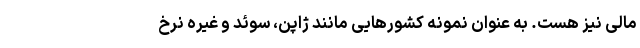
مالی نیز هست. به عنوان نمونه کشورهایی مانند ژاپن، سوئد و غیره نرخ